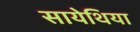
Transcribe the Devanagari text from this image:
सायेथिया